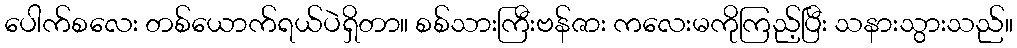
ပေါက်စလေး တစ်ယောက်ရယ်ပဲရှိတာ။ စစ်သားကြီးဗန်ဇား ကလေးမကိုကြည့်ပြီး သနားသွားသည်။